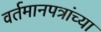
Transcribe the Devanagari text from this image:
वर्तमानपत्रांच्या